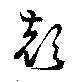
顏